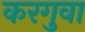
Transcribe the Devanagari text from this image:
करगुवा